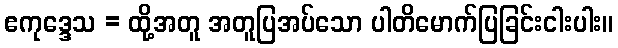
ဧကုဒ္ဒေသ = ထို့အတူ အတူပြအပ်သော ပါတိမောက်ပြခြင်းငါးပါး။